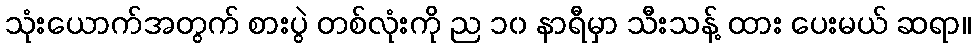
သုံးယောက်အတွက် စားပွဲ တစ်လုံးကို ည ၁၀ နာရီမှာ သီးသန့် ထား ပေးမယ် ဆရာ။